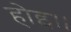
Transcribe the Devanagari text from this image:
होइ।।